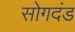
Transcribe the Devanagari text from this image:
सोगदंड